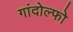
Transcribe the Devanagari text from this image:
गांदोल्फो